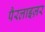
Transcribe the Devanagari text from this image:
पैरलाइज़र